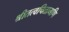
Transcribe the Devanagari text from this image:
श्रीतत्वचितामणि